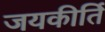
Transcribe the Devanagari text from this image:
जयकीर्ति